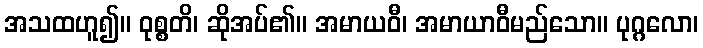
အသထဟူ၍။ ဝုစ္စတိ၊ ဆိုအပ်၏။ အမာယဝီ၊ အမာယာဝီမည်သော။ ပုဂ္ဂလော၊